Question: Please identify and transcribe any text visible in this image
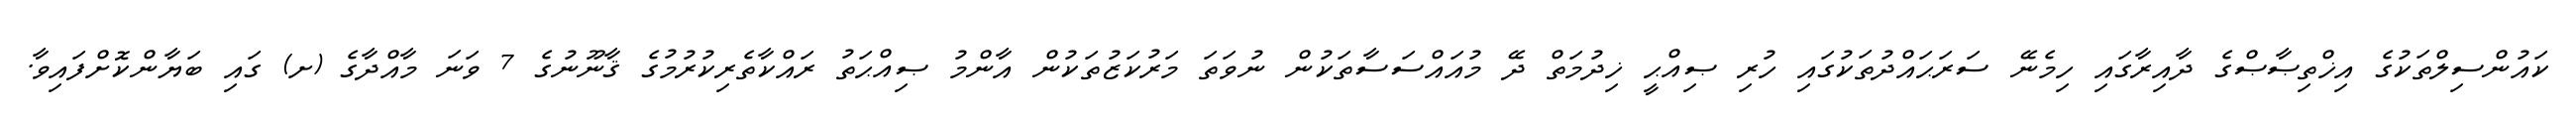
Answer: ކައުންސިލްތަކުގެ އިޚްތިޞާޞްގެ ދާއިރާގައި ހިމެނޭ ސަރަޙައްދުތަކުގައި ހުރި ޞިއްޙީ ޚިދުމަތް ދޭ މުއައްސަސާތަކުން ނުވަތަ މަރުކަޒުތަކުން އާންމު ޞިއްޙަތު ރައްކާތެރިކުރުމުގެ ޤާނޫނުގެ 7 ވަނަ މާއްދާގެ (ށ) ގައި ބަޔާންކޮށްފައިވާ.